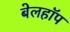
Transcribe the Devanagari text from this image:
बेलहॉप